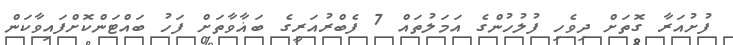
ފުށުއަރާ ގޮތަށް ދިވެހި ފުލުހުންގެ އަމަލުތައް 7 ފެބްރުއަރީގެ ބަޣާވާތަށް ފަހު ބައްޓަންކޮށްފައިވާކަން